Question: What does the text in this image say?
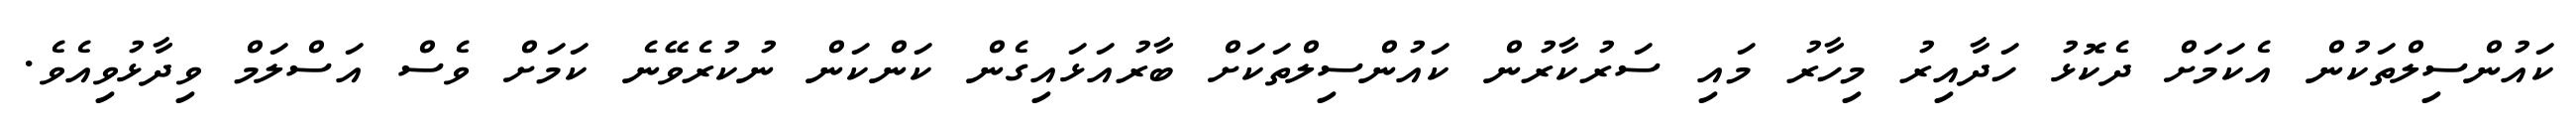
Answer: ކައުންސިލްތަކުން އެކަމަށް ދެކޮޅު ހަދާއިރު މިހާރު މައި ސަރުކާރުން ކައުންސިލްތަކަށް ބާރުއަޅައިގެން ކަންކަން ނުކުރެވޭނެ ކަމަށް ވެސް އަސްލަމް ވިދާޅުވިއެވެ.